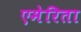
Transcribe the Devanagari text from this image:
एमेरिता